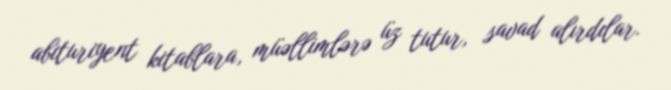
abituriyent kitablara, müəllimlərə üz tutur, savad alırdılar.